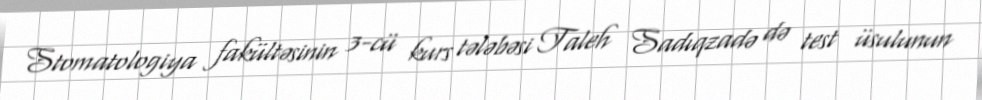
Stomatologiya fakültəsinin 3-cü kurs tələbəsi Taleh Sadıqzadə də test üsulunun